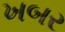
ખબર